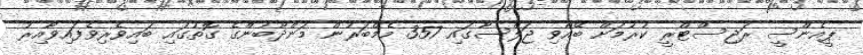
ޕީއެންސީ ރަޖިސްޓްރީ ކުރުމަށް ބޭއްވި ޖަލްސާގައި 357 މެމްބަރުން މަންދޫބުންގެ ގޮތުގައި ބައިވެރިވެފައިވާއިރު